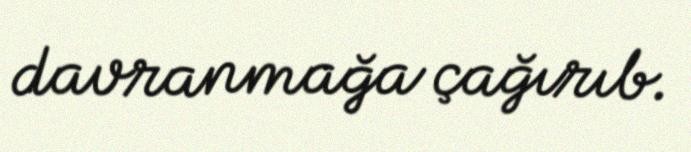
davranmağa çağırıb.